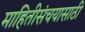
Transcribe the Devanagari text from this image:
माहितीसंचयासाठी